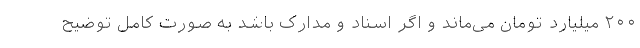
۲۰۰ میلیارد تومان می‌ماند و اگر اسناد و مدارک باشد به صورت کامل توضیح